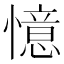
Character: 憶